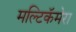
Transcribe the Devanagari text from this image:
मल्टिकॅमेरा